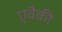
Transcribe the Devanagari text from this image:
एवैकी